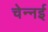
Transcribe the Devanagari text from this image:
चेन्नर्इ